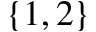
\{ 1 , 2 \}